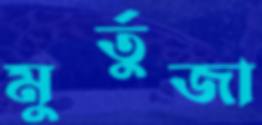
মুর্তুজা